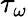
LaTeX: \tau_{\omega}